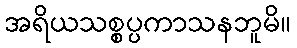
အရိယသစ္စပ္ပကာသနဘူမိ။